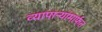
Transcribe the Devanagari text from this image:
व्यापाऱ्यांमार्फत